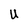
Character: U